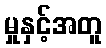
မှုနှင့်အတူ